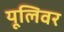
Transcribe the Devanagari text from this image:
यूलिवर